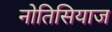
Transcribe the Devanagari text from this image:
नोतिसियाज